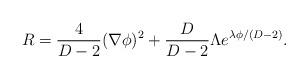
LaTeX: \begin{align*}R=\frac{4}{D-2}(\nabla \phi)^2+\frac{D}{D-2}\Lambda e^{\lambda\phi/(D-2)}.\end{align*}